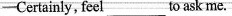
-Certainly, feel___to ask me.